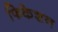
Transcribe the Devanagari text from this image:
फिकेशन